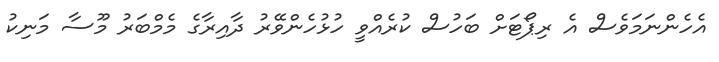
އެހެންނަމަވެސް އެ ރިޕޯޓަށް ބަހުސް ކުރެއްވީ ހުޅުހެންވޭރު ދާއިރާގެ މެމްބަރު މޫސާ މަނިކު